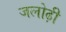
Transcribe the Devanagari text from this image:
जलोढ़ी